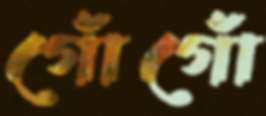
গোঁগোঁ